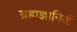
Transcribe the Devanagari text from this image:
ब्रह्मज्ञानियों